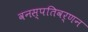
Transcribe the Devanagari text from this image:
वनस्पतिवर्णन